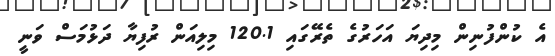
އެ ކުންފުނިން މިދިޔަ އަހަރުގެ ތެރޭގައި 120.1 މިލިއަން ރުފިޔާ ދަޅުމަސް ވަނީ